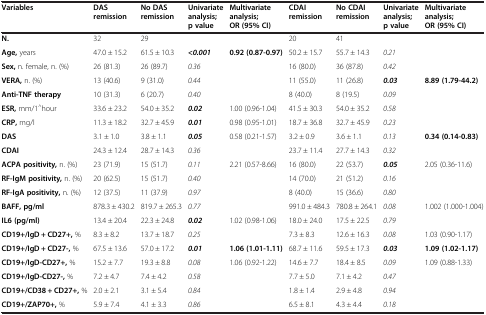
<table><thead><tr><td><b>Variables</b></td><td><b>DAS remission</b></td><td><b>No DAS remission</b></td><td><b>Univariate analysis; p value</b></td><td><b>Multivariate analysis; OR (95% CI)</b></td><td><b>CDAI remission</b></td><td><b>No CDAI remission</b></td><td><b>Univariate analysis; p value</b></td><td><b>Multivariate analysis; OR (95% CI)</b></td></tr></thead><tbody><tr><td><b>N.</b></td><td>32</td><td>29</td><td></td><td></td><td>20</td><td>41</td><td></td><td></td></tr><tr><td><b>Age,</b> years</td><td>47.0 ± 15.2</td><td>61.5 ± 10.3</td><td><b><i>&lt;0.001</i></b></td><td><b>0.92 (0.87-0.97)</b></td><td>50.2 ± 15.7</td><td>55.7 ± 14.3</td><td><i>0.21</i></td><td></td></tr><tr><td><b>Sex,</b> n. female, n. (%)</td><td>26 (81.3)</td><td>26 (89.7)</td><td><i>0.36</i></td><td></td><td>16 (80.0)</td><td>36 (87.8)</td><td><i>0.42</i></td><td></td></tr><tr><td><b>VERA,</b> n. (%)</td><td>13 (40.6)</td><td>9 (31.0)</td><td><i>0.44</i></td><td></td><td>11 (55.0)</td><td>11 (26.8)</td><td><b><i>0.03</i></b></td><td><b>8.89 (1.79-44.2)</b></td></tr><tr><td><b>Anti-TNF therapy</b></td><td>10 (31.3)</td><td>6 (20.7)</td><td><i>0.40</i></td><td></td><td>8 (40.0)</td><td>8 (19.5)</td><td><i>0.09</i></td><td></td></tr><tr><td><b>ESR,</b> mm/1<sup>^</sup>hour</td><td>33.6 ± 23.2</td><td>54.0 ± 35.2</td><td><b><i>0.02</i></b></td><td>1.00 (0.96-1.04)</td><td>41.5 ± 30.3</td><td>54.0 ± 35.2</td><td><i>0.58</i></td><td></td></tr><tr><td><b>CRP,</b> mg/l</td><td>11.3 ± 18.2</td><td>32.7 ± 45.9</td><td><b><i>0.01</i></b></td><td>0.98 (0.95-1.01)</td><td>18.7 ± 36.8</td><td>32.7 ± 45.9</td><td><i>0.23</i></td><td></td></tr><tr><td><b>DAS</b></td><td>3.1 ± 1.0</td><td>3.8 ± 1.1</td><td><b><i>0.05</i></b></td><td>0.58 (0.21-1.57)</td><td>3.2 ± 0.9</td><td>3.6 ± 1.1</td><td><i>0.13</i></td><td><b>0.34 (0.14-0.83)</b></td></tr><tr><td><b>CDAI</b></td><td>24.3 ± 12.4</td><td>28.7 ± 14.3</td><td><i>0.36</i></td><td></td><td>23.7 ± 11.4</td><td>27.7 ± 14.3</td><td><i>0.32</i></td><td></td></tr><tr><td><b>ACPA positivity,</b> n. (%)</td><td>23 (71.9)</td><td>15 (51.7)</td><td><i>0.11</i></td><td>2.21 (0.57-8.66)</td><td>16 (80.0)</td><td>22 (53.7)</td><td><b><i>0.05</i></b></td><td>2.05 (0.36-11.6)</td></tr><tr><td><b>RF-IgM positivity,</b> n. (%)</td><td>20 (62.5)</td><td>15 (51.7)</td><td><i>0.40</i></td><td></td><td>14 (70.0)</td><td>21 (51.2)</td><td><i>0.16</i></td><td></td></tr><tr><td><b>RF-IgA positivity,</b> n. (%)</td><td>12 (37.5)</td><td>11 (37.9)</td><td><i>0.97</i></td><td></td><td>8 (40.0)</td><td>15 (36.6)</td><td><i>0.80</i></td><td></td></tr><tr><td><b>BAFF, pg/ml</b></td><td>878.3 ± 430.2</td><td>819.7 ± 265.3</td><td><i>0.77</i></td><td></td><td>991.0 ± 484.3</td><td>780.8 ± 264.1</td><td><i>0.08</i></td><td>1.002 (1.000-1.004)</td></tr><tr><td><b>IL6 (pg/ml)</b></td><td>13.4 ± 20.4</td><td>22.3 ± 24.8</td><td><b><i>0.02</i></b></td><td>1.02 (0.98-1.06)</td><td>18.0 ± 24.0</td><td>17.5 ± 22.5</td><td><i>0.79</i></td><td></td></tr><tr><td><b>CD19+/IgD + CD27+,</b> %</td><td>8.3 ± 8.2</td><td>13.7 ± 18.7</td><td><i>0.25</i></td><td></td><td>7.3 ± 8.3</td><td>12.6 ± 16.3</td><td><i>0.08</i></td><td>1.03 (0.90-1.17)</td></tr><tr><td><b>CD19+/IgD + CD27-,</b> %</td><td>67.5 ± 13.6</td><td>57.0 ± 17.2</td><td><b><i>0.01</i></b></td><td><b>1.06 (1.01-1.11)</b></td><td>68.7 ± 11.6</td><td>59.5 ± 17.3</td><td><b><i>0.03</i></b></td><td><b>1.09 (1.02-1.17)</b></td></tr><tr><td><b>CD19+/IgD-CD27+,</b> %</td><td>15.2 ± 7.7</td><td>19.3 ± 8.8</td><td><i>0.08</i></td><td>1.06 (0.92-1.22)</td><td>14.6 ± 7.7</td><td>18.4 ± 8.5</td><td><i>0.09</i></td><td>1.09 (0.88-1.33)</td></tr><tr><td><b>CD19+/IgD-CD27-,</b> %</td><td>7.2 ± 4.7</td><td>7.4 ± 4.2</td><td><i>0.58</i></td><td></td><td>7.7 ± 5.0</td><td>7.1 ± 4.2</td><td><i>0.47</i></td><td></td></tr><tr><td><b>CD19+/CD38 + CD27+,</b> %</td><td>2.0 ± 2.1</td><td>3.1 ± 5.4</td><td><i>0.84</i></td><td></td><td>1.8 ± 1.4</td><td>2.9 ± 4.8</td><td><i>0.94</i></td><td></td></tr><tr><td><b>CD19+/ZAP70+,</b> %</td><td>5.9 ± 7.4</td><td>4.1 ± 3.3</td><td><i>0.86</i></td><td></td><td>6.5 ± 8.1</td><td>4.3 ± 4.4</td><td><i>0.18</i></td><td></td></tr></tbody></table>